Vaccination United Provinces of Agra and Oudh 1923-1928 - 1923-1928
Year: 1923
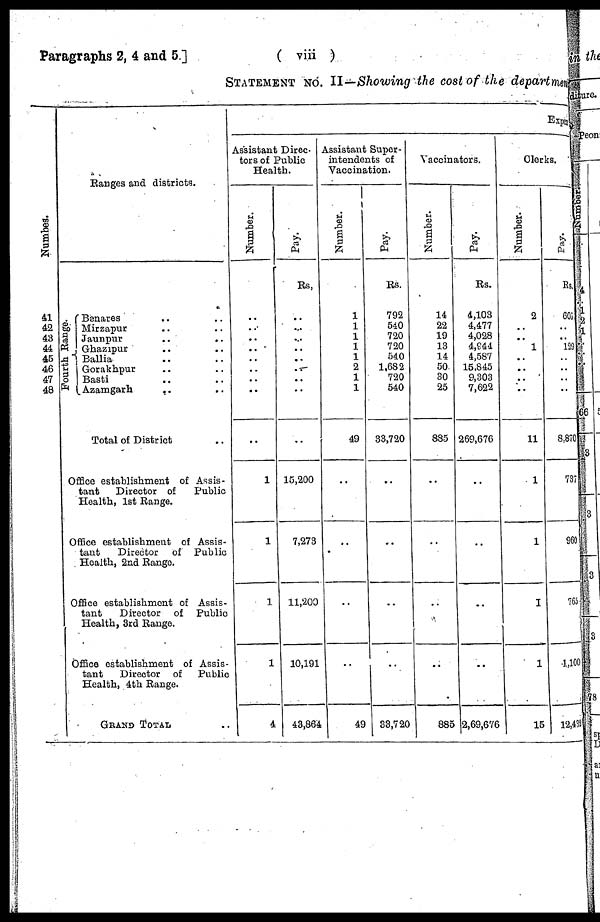
Paragraphs 2, 4 and 5.]
( viii )
STATEMENT NO. II—Showing the cost of the department
Number.
41
42
43
44
45
46
47
48
Ranges and districts.
Fourth Range.
Benares .. ..
Mirzapur .. ..
Jaunpur .. ..
Ghazipur .. ..
Ballia .. ..
Gorakhpur .. ..
Basti .. ..
Azamgarh
.. ..
Total of District ..
Office establishment of Assis-
tant
Director of
Public
Health, 1st Range.
Office establishment of Assis-
tant
Director of Public
Health, 2nd Range.
Office establishment of Assis-
tant
Director of Public
Health, 3rd Range.
Office establishment of Assis-
tant
Director of
Public
Health, 4th Range.
GRAND TOTAL ..
Expe
Assistant Direc-
tors of Public
Health.
Number.
..
..
..
..
..
..
..
..
..
1
1
1
1
4
Pay.
Rs.
..
..
..
..
..
..
..
..
..
15,200
7,273
11,200
10,191
43,864
Assistant Super-
intendents of
Vaccination.
Number.
1
1
1
1
1
2
1
1
49
..
..
..
..
49
Pay.
Rs.
792
540
720
720
540
1,682
720
540
33,720
..
..
..
..
33,720
Vaccinators.
Number.
14
22
19
13
14
50
30
25
885
..
..
..
..
885
Pay.
Rs.
4,103
4,477
4,028
4,944
4,587
15,845
9,303
7,622
269,676
..
..
..
..
2,69,676
Clerks.
Number.
2
..
..
1
..
..
..
..
11
1
1
1
1
15
Pay.
Rs.
606
..
..
129
..
..
..
..
8,870
737
960
765
1,100
12,432